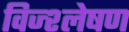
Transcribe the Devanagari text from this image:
विज्श्लेषण